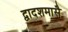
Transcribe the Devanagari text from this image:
द्वादशमासै